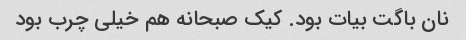
نان باگت بیات بود. کیک صبحانه هم خیلی چرب بود